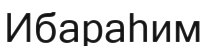
Ибараһим